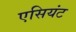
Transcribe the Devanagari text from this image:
एसियंट